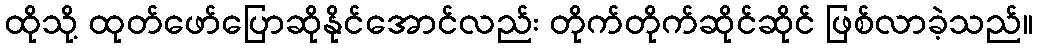
ထိုသို့ ထုတ်ဖော်ပြောဆိုနိုင်အောင်လည်း တိုက်တိုက်ဆိုင်ဆိုင် ဖြစ်လာခဲ့သည်။